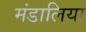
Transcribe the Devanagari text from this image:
मंडालिया